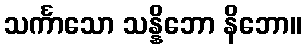
သင်္ကာသော သန္နိဘော နိဘော။